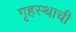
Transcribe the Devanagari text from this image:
गृहस्थाची